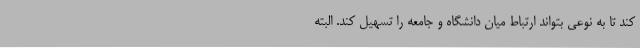
کند تا به نوعی بتواند ارتباط میان دانشگاه و جامعه را تسهیل کند. البته